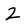
Character: Z